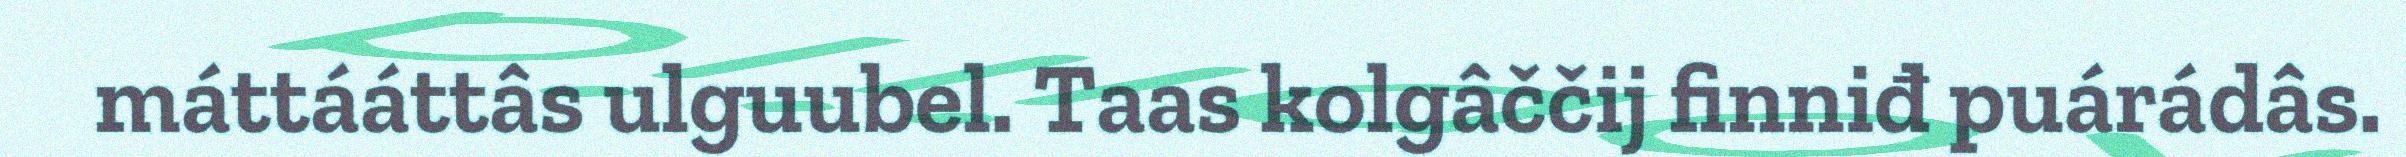
máttááttâs ulguubel. Taas kolgâččij finniđ puárádâs.